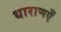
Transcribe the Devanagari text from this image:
धाराणएँ